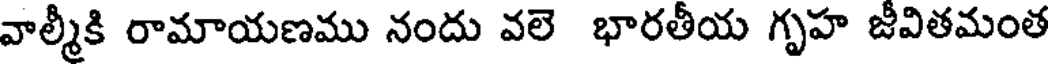
వాల్మీకి రామాయణము నందు వలె భారతీయ గృహ జీవితమంత